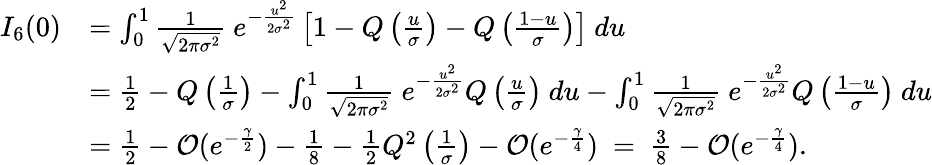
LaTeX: \begin{array}{rl}{I_{6}(0)}&{=\int_{0}^{1}\frac{1}{\sqrt{2\pi\sigma^{2}}}~e^{-\frac{u^{2}}{2\sigma^{2}}}\left[1-Q\left(\frac{u}{\sigma}\right)-Q\left(\frac{1-u}{\sigma}\right)\right]~du}\\ &{=\frac{1}{2}-Q\left(\frac{1}{\sigma}\right)-\int_{0}^{1}\frac{1}{\sqrt{2\pi\sigma^{2}}}~e^{-\frac{u^{2}}{2\sigma^{2}}}Q\left(\frac{u}{\sigma}\right)~du-\int_{0}^{1}\frac{1}{\sqrt{2\pi\sigma^{2}}}~e^{-\frac{u^{2}}{2\sigma^{2}}}Q\left(\frac{1-u}{\sigma}\right)~du}\\ &{=\frac{1}{2}-\mathcal{O}(e^{-\frac{\gamma}{2}})-\frac{1}{8}-\frac{1}{2}Q^{2}\left(\frac{1}{\sigma}\right)-\mathcal{O}(e^{-\frac{\gamma}{4}})~=~\frac{3}{8}-\mathcal{O}(e^{-\frac{\gamma}{4}}).}\end{array}